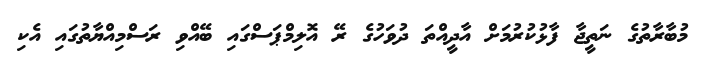
މުބާރާތުގެ ނަތީޖާ ފާޅުކުރުމަށް އާދީއްތަ ދުވަހުގެ ރޭ އޮލިމްޕަސްގައި ބޭއްވި ރަސްމިއްޔާތުގައި އެކި